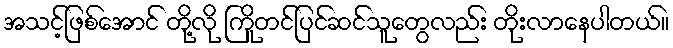
အသင့်ဖြစ်အောင် တို့လို ကြိုတင်ပြင်ဆင်သူတွေလည်း တိုးလာနေပါတယ်။